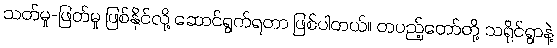
သတ်မှု-ဖြတ်မှု ဖြစ်နိုင်လို့ ဆောင်ရွက်ရတာ ဖြစ်ပါတယ်။ တပည့်တော်တို့ သရိုင်ရွာနဲ့